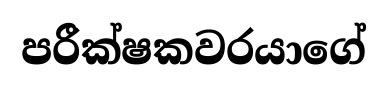
පරීක්ෂකවරයාගේ